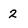
Character: 2